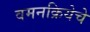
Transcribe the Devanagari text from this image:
वमनक्रियेचे